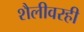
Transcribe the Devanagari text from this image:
शैलीवरही